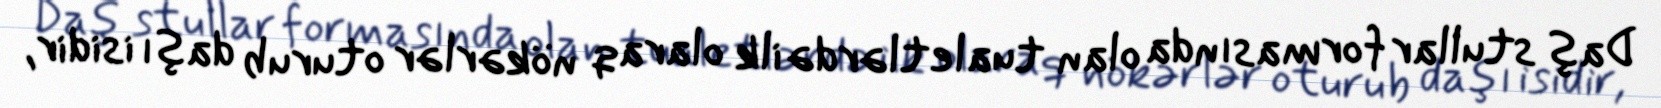
Daş stullar formasında olan tualetlərdə ilk olaraq nökərlər oturub daşı isidir,